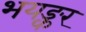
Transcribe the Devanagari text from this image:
भयङ्कर